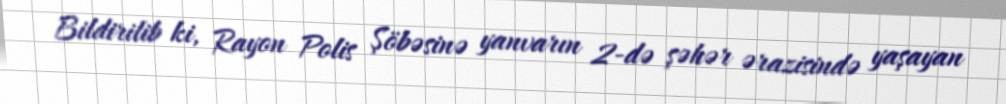
Bildirilib ki, Rayon Polis Şöbəsinə yanvarın 2-də şəhər ərazisində yaşayan